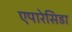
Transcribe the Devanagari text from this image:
एपारेसिडा